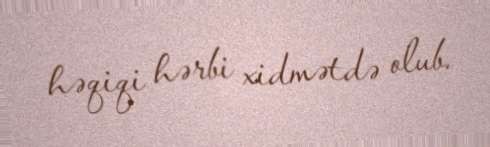
həqiqi hərbi xidmətdə olub.